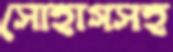
সোহাগসহ